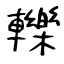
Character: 轢